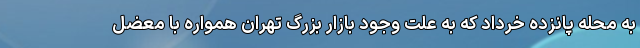
به محله پانزده خرداد که به علت وجود بازار بزرگ تهران همواره با معضل